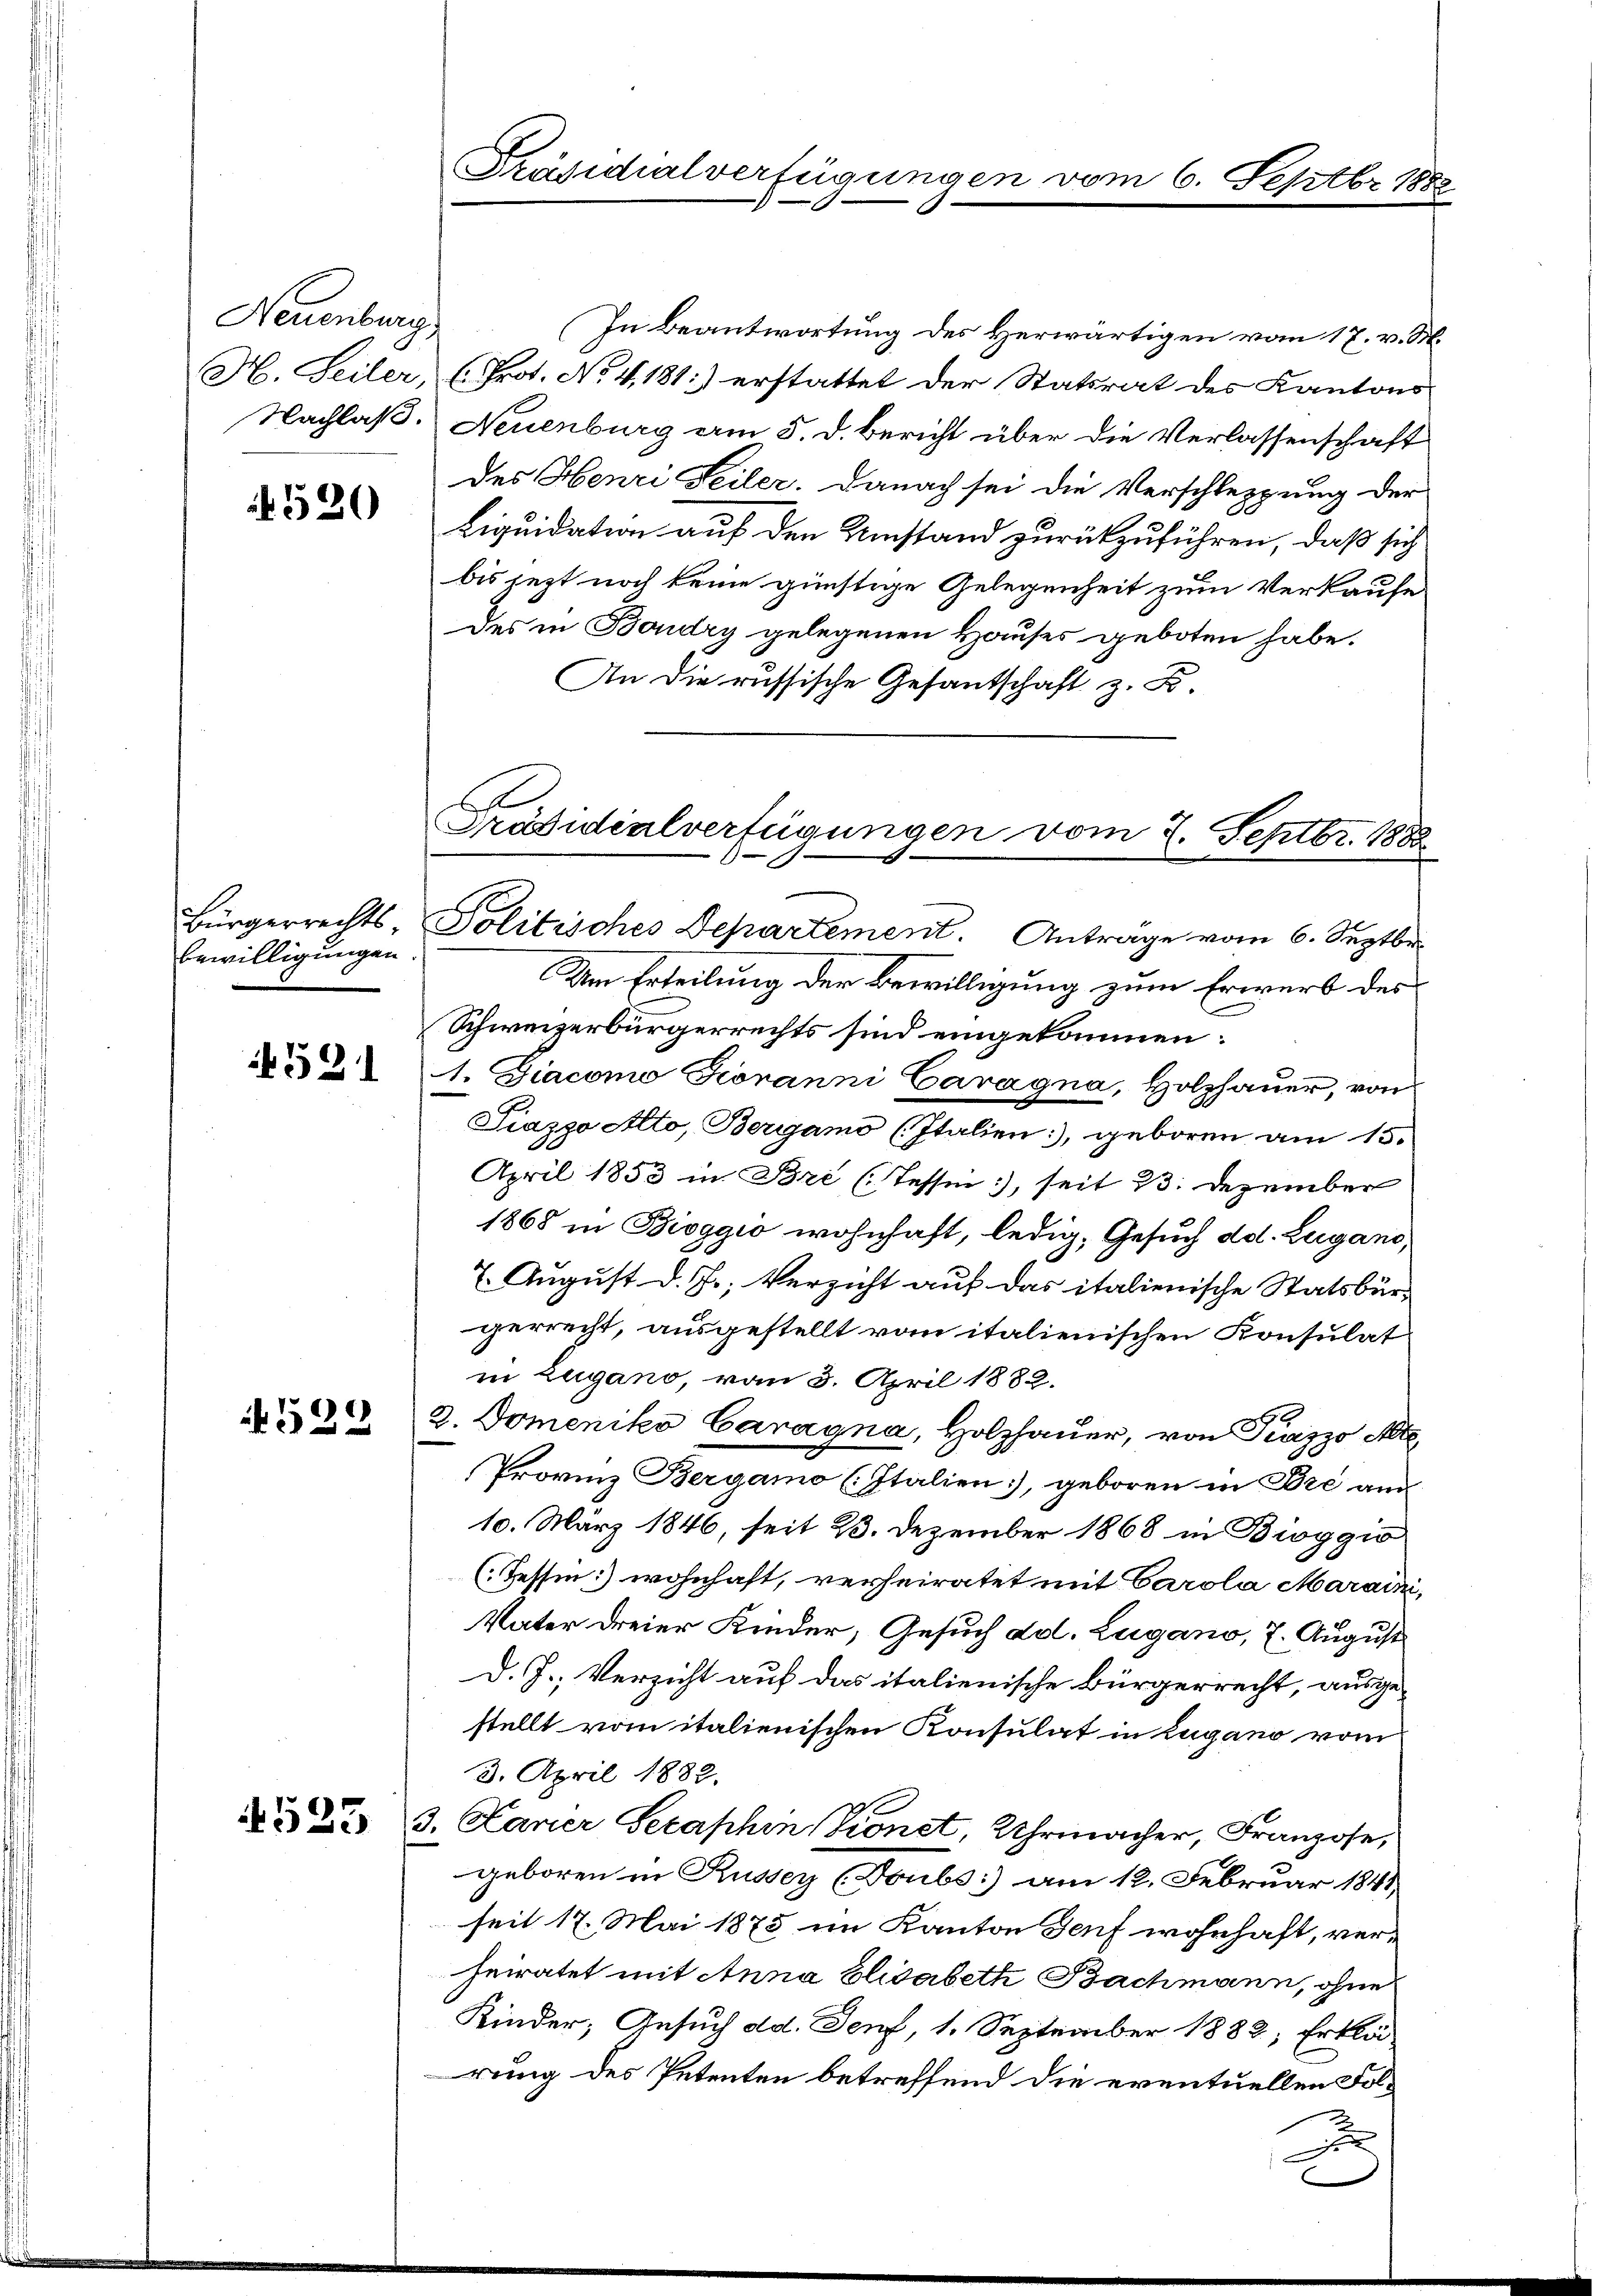
Neuenburg,

520

bewilligungen

531

529

4525

In Beantwortung des Herwärtigen vom 17. v. M.
H. Seiler, (Prot. No 4,181:) erstattet der Statsrat des Kantons
Nachlaß. Neuenburg am 5. d. Bericht über die Verlassenschaft
des Henri Seiler. Danach sei die Verschleppung der
Liquidation auf den Umstand zurückzuführen, daß sich
bis jezt noch keine günstige Gelegenheit zum Verkaufe
des in Boudry gelegenen Hauses geboten habe.
An die russische Gesantschaft z. B.
Um Erteilung der Bewilligung zum Erwerb des
Schweizerbürgerrechts sind eingekommen:
1. Diacomo Jovanni Caragna, Holzhauer, von
Piazzo Alto, Bergamo (Italien, geboren am 15.
April 1853 in Bri (Tessin, seit 23. Dezember
1868 in Bioggio wohnhaft, ledig, Gesuch dd. Lugano,
7. August d. J., Verzicht auf das italienische Statsbürgerrecht, ausgestellt vom italienischen Konsulat
in Zugano, vom 3. April 1882.
3. Domeniko Caragna, Holzhauer, von Piazzo Alte
Provinz Bergamo (Italien, geboren in Bre am
10. März 1846, seit 23. Dezember 1868 in Bioggio
(Tessin:) wohnhaft, verheiratet mit Carola Maraini,
Vater dreier Kinder, Gesuch ad. Lugano, 7. August
d. J., Verzicht auf das italienische Bürgerrecht, ausgestellt vom italienischen Konsulat in Lugano vom
3. April 1882.
3. Laner Serashin (Könet, Uhrmacher, Franzose,
geboren in Russer (Toubs am 12. Februar 1841
seit 17. Mai 1875 in Kanton Genf wohnhaft, verheiratet mit Anna Elisabeth Bachmann, ohne
Kinder, Gesuch dd. Denf, 1. September 1882, Erklä-
rung des Petenten betreffend die eventuellen Fol¬

Präsidialverfügungen

vom 6. Septbr 1888

h
Präsidialverfügungen vom 2. Septbr. 1882
Bürgerrechts- Politisches Departement. Antrage vom 6. Septbr.